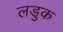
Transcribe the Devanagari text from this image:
लडुक